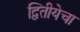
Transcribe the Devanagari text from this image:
द्वितीयेचा